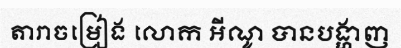
តារាចម្រៀង លោក អីណូ បានបង្ហាញ